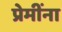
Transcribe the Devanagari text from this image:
प्रेमींना